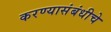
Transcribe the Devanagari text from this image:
करण्यासंबंधीचे